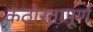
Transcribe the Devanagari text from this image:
कठोरतापूर्ण